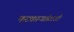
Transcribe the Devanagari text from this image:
फटकाऱ्यांसरशी